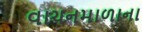
વાચનમાળાના